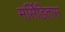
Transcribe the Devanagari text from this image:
मर्सिडितास